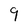
Character: 9